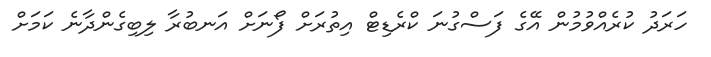
ހަރަދު ކުރެއްވުމުން އޭގެ ފަސްގުނަ ކްރެޑިޓް އިތުރަށް ފޯނަށް އަނބުރާ ލިބިގެންދާނެ ކަމަށް